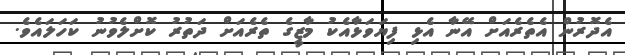
އެދޮރުން އެތެރެއަށް އޭނާ އެޅި ފިޔަވަޅާއެކު މާޒީގެ ތެރެއަށް ދަތުރު ކޮށްލެވުނު ކަހަލައެވެ.